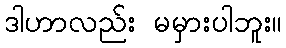
ဒါဟာလည်း မမှားပါဘူး။